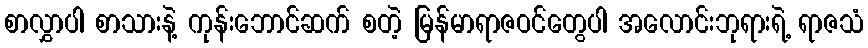
စာလွှာပါ စာသားနဲ့ ကုန်းဘောင်ဆက် စတဲ့ မြန်မာရာဇဝင်တွေပါ အလောင်းဘုရားရဲ့ ရာဇသံ